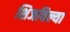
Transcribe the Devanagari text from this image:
शिजविल्या